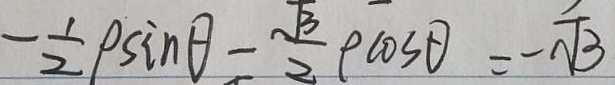
- \frac { 1 } { 2 } \rho \sin \theta - \frac { \sqrt { 3 } } { 2 } \rho \cos \theta = - \sqrt { 3 }